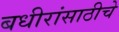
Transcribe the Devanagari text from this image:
बधीरांसाठीचे